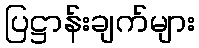
ပြဋ္ဌာန်းချက်များ